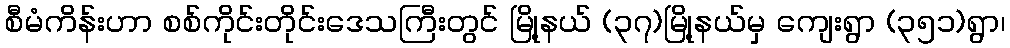
စီမံကိန်းဟာ စစ်ကိုင်းတိုင်းဒေသကြီးတွင် မြို့နယ် (၃၇)မြို့နယ်မှ ကျေးရွာ (၃၅၁)ရွာ၊